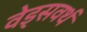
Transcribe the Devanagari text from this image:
वेड्सवर्थ